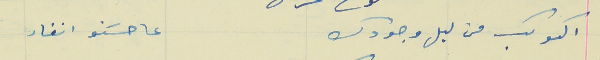
الكوكب من ليل وجودك                               عا حسَنو انغار